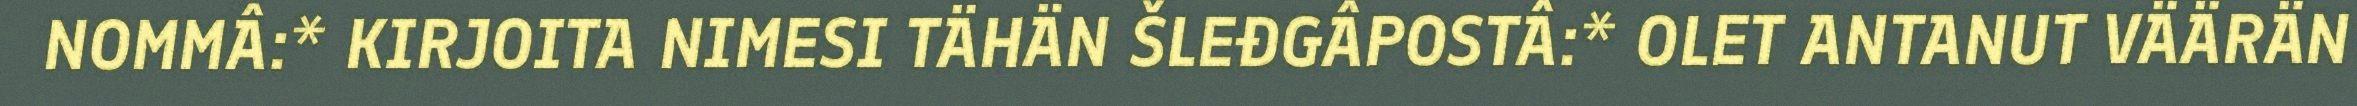
NOMMÂ:* KIRJOITA NIMESI TÄHÄN ŠLEĐGÂPOSTÂ:* OLET ANTANUT VÄÄRÄN